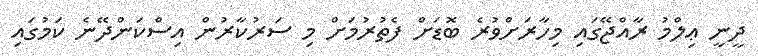
ދީނީ ޢިލްމު ރާއްޖޭގައި މިހާރަށްވުރެ ބޮޑަށް ފެތުރުމަށް މި ސަރުކާރުން އިސްކަންދޭނެ ކަމުގައި